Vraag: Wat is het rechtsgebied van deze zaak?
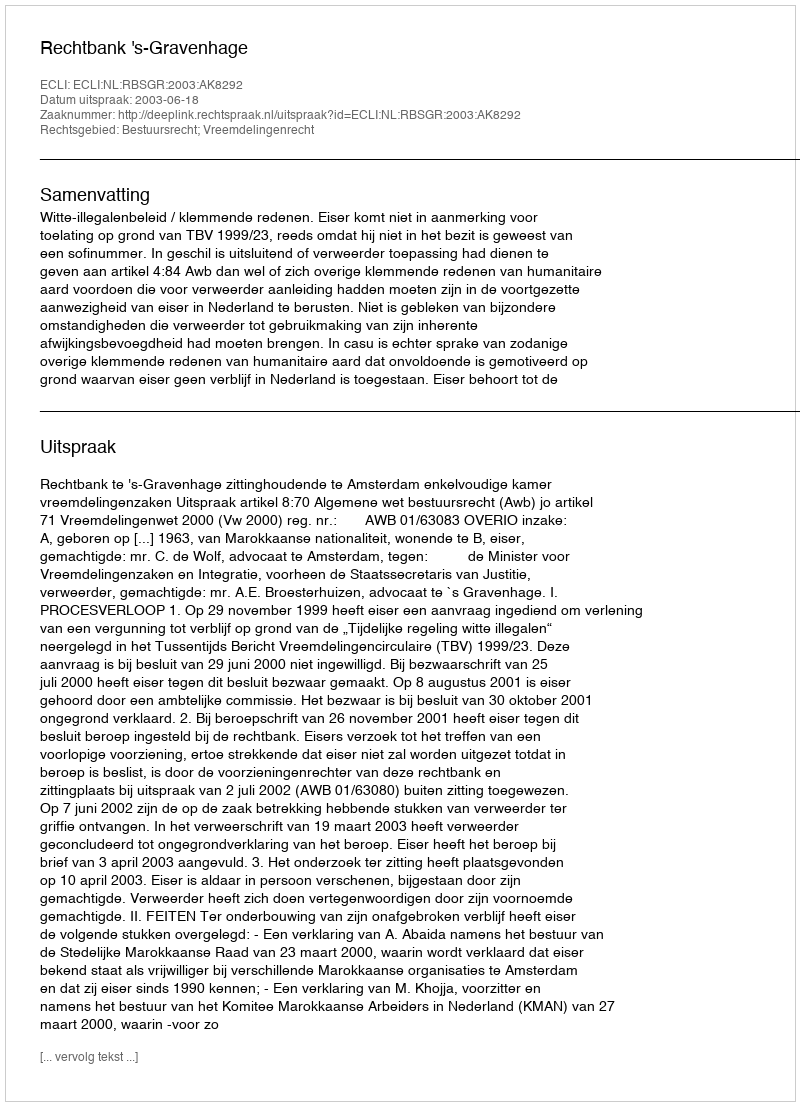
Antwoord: Bestuursrecht; Vreemdelingenrecht